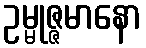
ဥမ္မုဇ္ဇမာနော